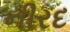
નીરદ